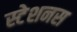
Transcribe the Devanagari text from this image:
स्टेशनस